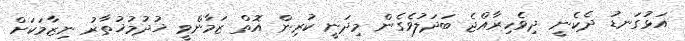
އަޅުގަނޑު ދެކެނީ ދިވެހިރާއްޖެ ބަދަލުވެގެން މިދަނީ ކުރިން އޮތް ޒަމާންވީ ޚުދުމުޚުތާރު ނިޒާމަކަށް